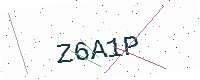
Text: Z6A1P